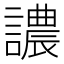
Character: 譨